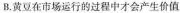
B.黄豆在市场运行的过程中才会产生价值